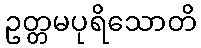
ဥတ္တမပုရိသောတိ